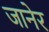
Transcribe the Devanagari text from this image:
जानेर